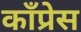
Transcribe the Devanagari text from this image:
काँप्रेस